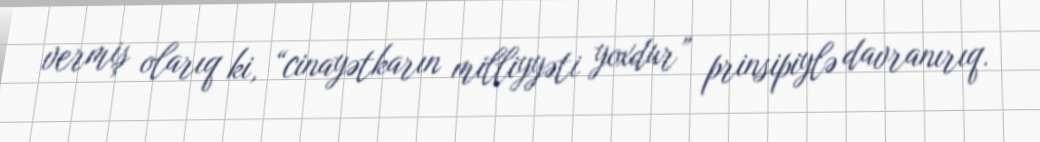
vermiş olarıq ki, “cinayətkarın milliyyəti yoxdur” prinsipiylə davranırıq.